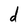
Character: d